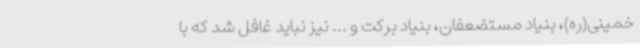
خمینی(ره)، بنیاد مستضعفان، بنیاد برکت و ... نیز نباید غافل شد که با